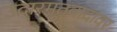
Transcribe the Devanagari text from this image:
उदारमतवादावर